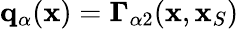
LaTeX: {\mathbf q}_{\alpha}({\mathbf x})={\mathbf\Gamma}_{\alpha 2}({\mathbf x},{\mathbf x}_{S})